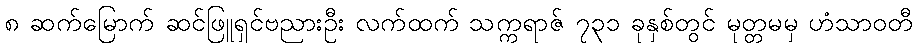
၈ ဆက်မြောက် ဆင်ဖြူရှင်ဗညားဦး လက်ထက် သက္ကရာဇ် ၇၃၁ ခုနှစ်တွင် မုတ္တမမှ ဟံသာဝတီ